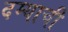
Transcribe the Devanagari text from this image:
दम्याची